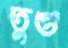
তুণ্ড